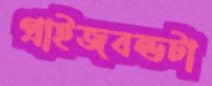
প্রাইজবন্ডটা